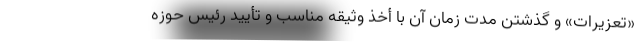
«تعزیرات» و گذشتن مدت زمان آن با أخذ وثیقه مناسب و تأیید رئیس حوزه